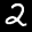
Label: 2